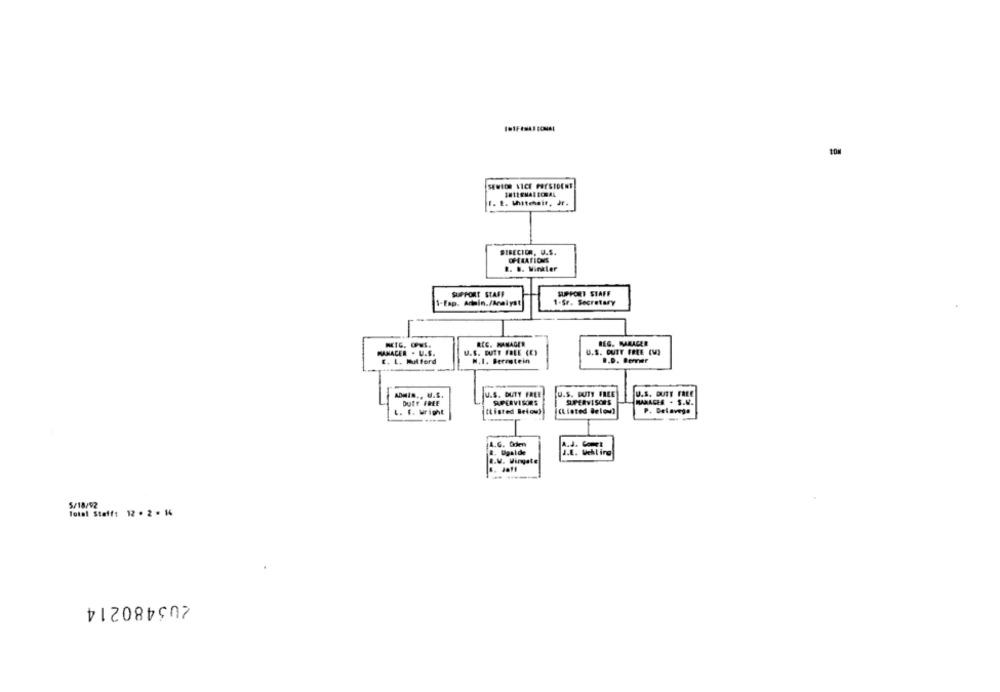
SENIOR VICE FORSIDENT
F. E. Whitehair, Jf.
BIRECIOR, U.S.
OPERATIONS
R. B. Winkler
SUPPORT STAFF
SUPPORT STAFF
1-Eap. Arin./Aalyst
1-Sr. Secretary
REC. MANAGER
REG. MAMAGER
MANACER - U.S.
U.S. DUITT FBLE (E)
U.S. QUIT FREE (V)
N.I. Berestein
E. L. Mulford
wDMis .. U.S.
U.S. DUTY FREE
U.S. DUTY FREE
U.S. DUTY FREE
DUET FREE
SUPERVISORS
SUPERVISOR'S
UNACER . S.W.
F. Wright
(Listed Below))
(Listed Below]
P. Delavega
A.G. Dden
A.S. COME
&. Ugalde
J.E. Wehling
e.V. Vingate
5/18/92
Total Staff: 12 . 2 . 14
205480214